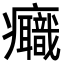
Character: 𤼕